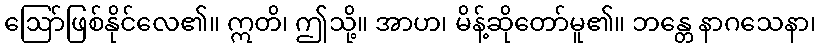
ဩော်ဖြစ်နိုင်လေ၏။ ဣတိ၊ ဤသို့။ အာဟ၊ မိန့်ဆိုတော်မူ၏။ ဘန္တေ နာဂသေနာ၊